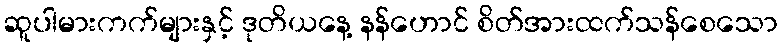
ဆူပါမားကက်များနှင့် ဒုတိယနေ့ နန်ဟောင် စိတ်အားထက်သန်စေသော